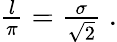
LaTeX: \begin{array}{r}{\frac{l}{\pi}=\frac{\sigma}{\sqrt{2}}\; .}\end{array}